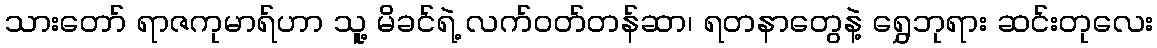
သားတော် ရာဇကုမာရ်ဟာ သူ့ မိခင်ရဲ့ လက်ဝတ်တန်ဆာ၊ ရတနာတွေနဲ့ ရွှေဘုရား ဆင်းတုလေး